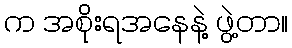
က အစိုးရအနေနဲ့ ဖွဲ့တာ။